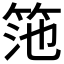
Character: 筂